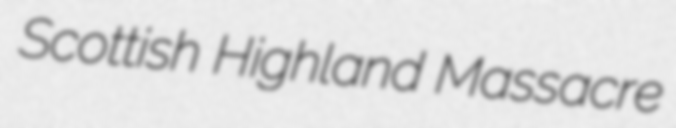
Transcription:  Scottish Highland Massacre